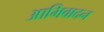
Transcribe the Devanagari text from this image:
आभिवादन